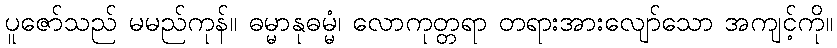
ပူဇော်သည် မမည်ကုန်။ ဓမ္မာနုဓမ္မံ၊ လောကုတ္တရာ တရားအားလျော်သော အကျင့်ကို။